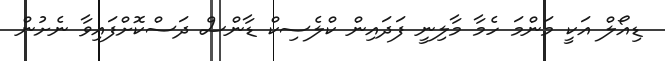
ޑިއޯލް އަކީ މަންމަ ހެމާ މާލިނީ ފަދައިން ކްލެސިކް ޑާންސް ދަސްކޮށްފައިވާ ނެށުން